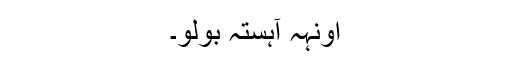
اونہہ آہستہ بولو۔